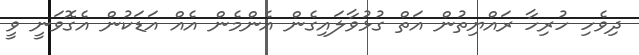
ދިވެހި ހުރިހާ ރައްޔިތުން އަތް ގުޅުވާލައިގެން އެންމެން އެއް އަޑަކުން އެގޮވަނީ ވީ